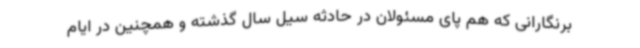
برنگارانی که هم پای مسئولان در حادثه سیل سال گذشته و همچنین در ایام